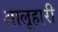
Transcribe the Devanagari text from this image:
आलूहारी